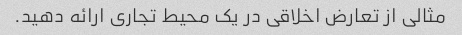
مثالی از تعارض اخلاقی در یک محیط تجاری ارائه دهید.